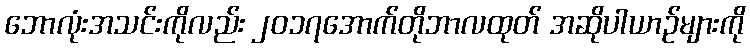
ဘောလုံးအသင်းကိုလည်း ၂၀၁၇အောက်တိုဘာလထုတ် အဆိုပါယာဉ်များကို